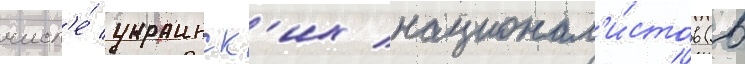
числ'е́ украинск'их национал'и́стов (в